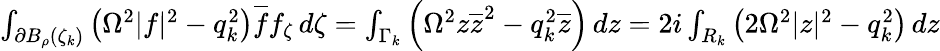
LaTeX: \begin{array}{r}{\int_{\partial B_{\rho}(\zeta_{k})}\left(\Omega^{2}|f|^{2}-q_{k}^{2}\right)\overline{f}f_{\zeta}\, d\zeta=\int_{\Gamma_{k}}\left(\Omega^{2}z\overline{z}^{2}-q_{k}^{2}\overline{z}\right)\, dz=2i\int_{R_{k}}\left(2\Omega^{2}|z|^{2}-q_{k}^{2}\right)\, dz}\end{array}